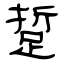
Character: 踅